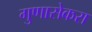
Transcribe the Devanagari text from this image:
गुणासेकरा